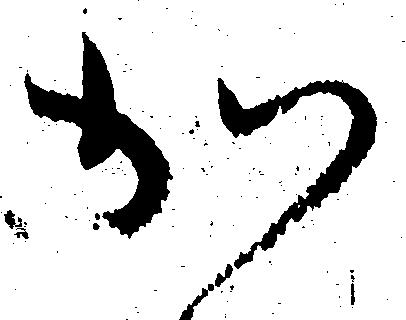
か